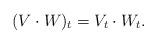
LaTeX: \begin{align*} (V\cdot W)_t = V_t \cdot W_t.\end{align*}